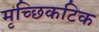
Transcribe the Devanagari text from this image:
मृच्छिकटिक